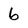
Character: 6